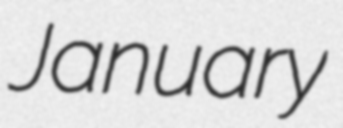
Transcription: January